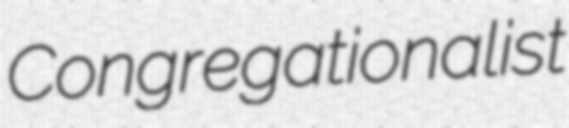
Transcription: Congregationalist